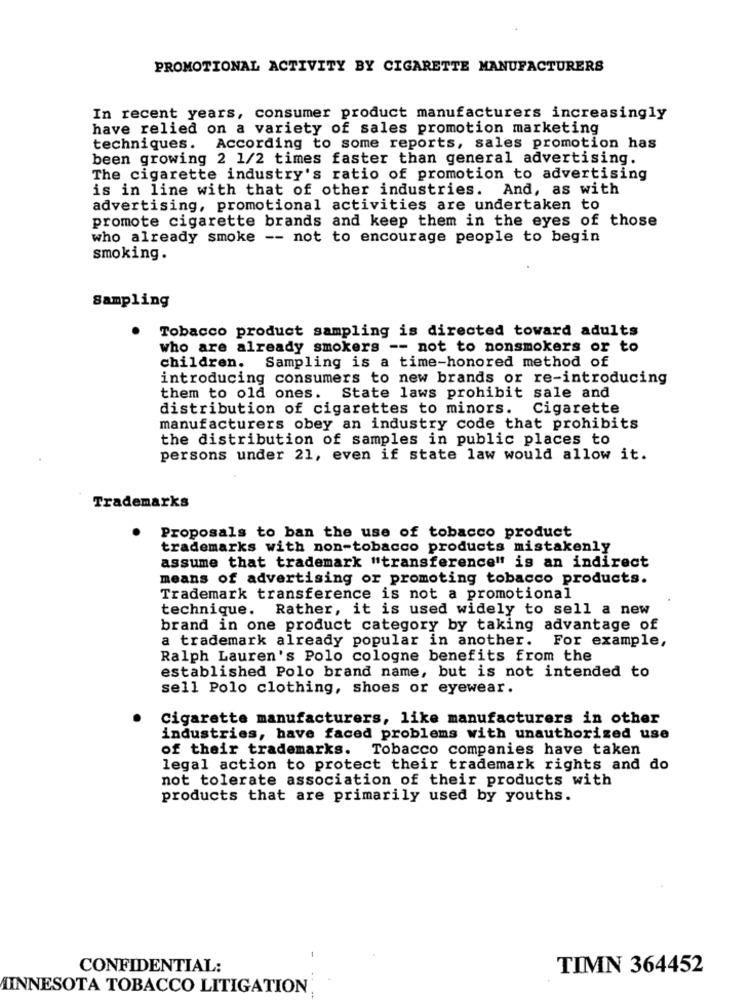
PROMOTIONAL ACTIVITY BY CIGARETTE MANUFACTURERS
In recent years, consumer product manufacturers increasingly
have relied on a variety of sales promotion marketing
techniques. According to some reports, sales promotion has
been growing 2 1/2 times faster than general advertising.
The cigarette industry's ratio of promotion to advertising
is in line with that of other industries. And, as with
advertising, promotional activities are undertaken to
promote cigarette brands and keep them in the eyes of those
who already smoke -- not to encourage people to begin
smoking.
Sampling
Tobacco product sampling is directed toward adults
who are already smokers -- not to nonsmokers or to
children. Sampling is a time-honored method of
introducing consumers to new brands or re-introducing
them to old ones. State laws prohibit sale and
distribution of cigarettes to minors.
Cigarette
manufacturers obey an industry code that prohibits
the distribution of samples in public places to
persons under 21, even if state law would allow it.
Trademarks
Proposals to ban the use of tobacco product
trademarks with non-tobacco products mistakenly
assume that trademark "transference" is an indirect
means of advertising or promoting tobacco products.
Trademark transference is not a promotional
technique. Rather, it is used widely to sell a new
brand in one product category by taking advantage of
a trademark already popular in another. For example,
Ralph Lauren's Polo cologne benefits from the
established Polo brand name, but is not intended to
sell Polo clothing, shoes or eyewear.
Cigarette manufacturers, like manufacturers in other
industries, have faced problems with unauthorized use
of their trademarks. Tobacco companies have taken
legal action to protect their trademark rights and do
not tolerate association of their products with
products that are primarily used by youths.
CONFIDENTIAL:
TIMN 364452
MINNESOTA TOBACCO LITIGATION